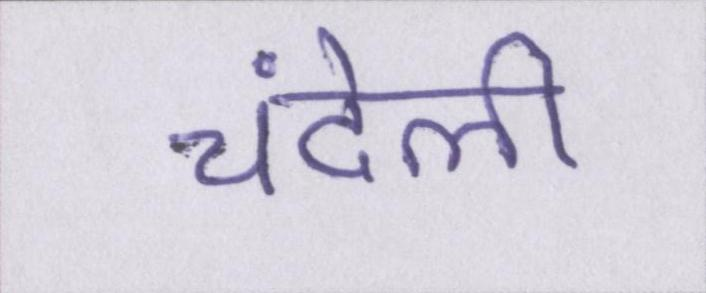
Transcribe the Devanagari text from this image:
चंदेली